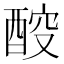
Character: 𰼇